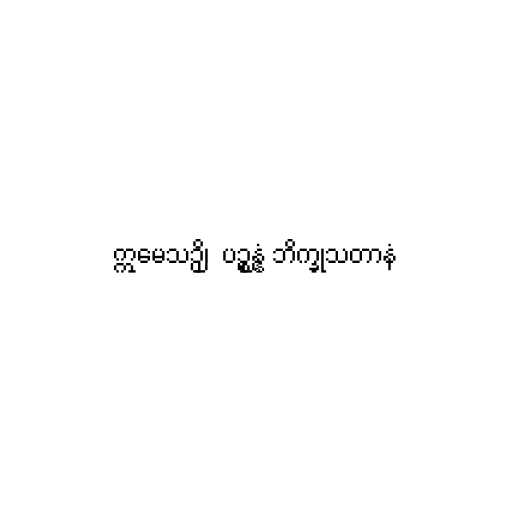
ဣမေသဉှိ၊  ပဉ္စန္နံ ဘိက္ခုသတာနံ